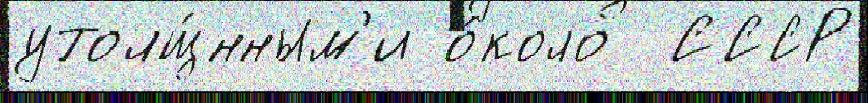
утолщ́нным'и о́коло  СССР